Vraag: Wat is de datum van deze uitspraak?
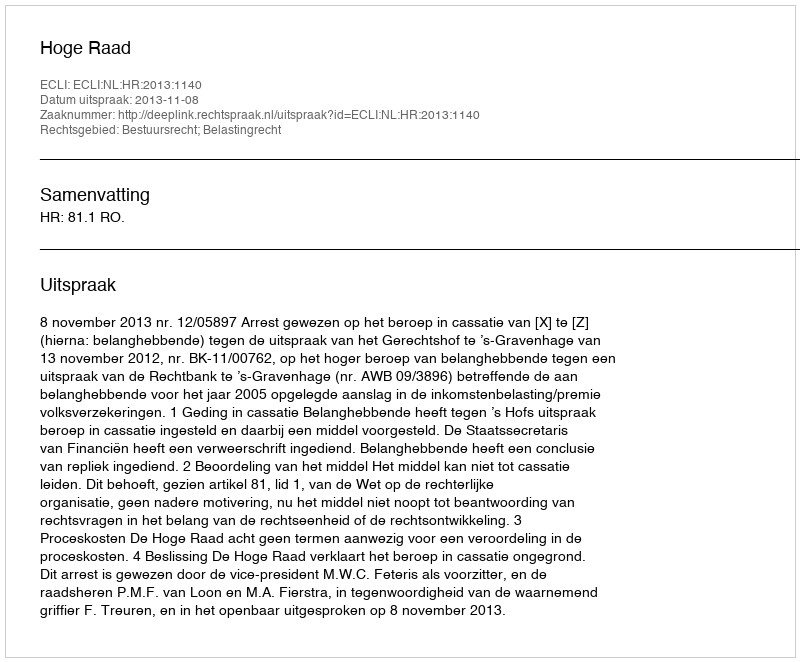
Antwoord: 2013-11-08